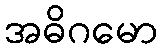
အဓိဂမော